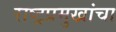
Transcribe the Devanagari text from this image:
राष्ट्रप्रमुखांचा